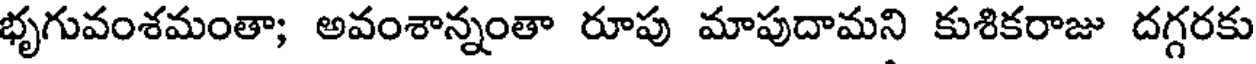
భృగువంశమంతా; అవంశాన్నంతా రూపు మాపుదామని కుశికరాజు దగ్గరకు